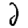
Digit: 2